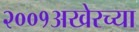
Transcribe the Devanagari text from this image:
२००१अखेरच्या